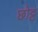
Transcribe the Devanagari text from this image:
छोट्ट